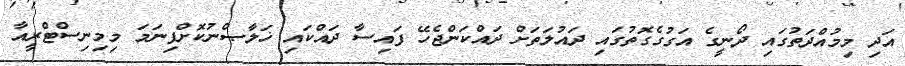
އަދި މިމުއްދަތުގައި ދޯނީގެ އަގުގެގޮތުގައި ދައުލަތަށް ދައްކަންޖެހޭ ފައިސާ ދައްކައި ޚަލާޞްނުކޮށްފިނަމަ މިމިނިސްޓްރީއާ